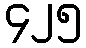
၄၂၅